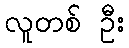
လူတစ် ဦး